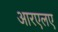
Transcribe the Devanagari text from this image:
आरएलए